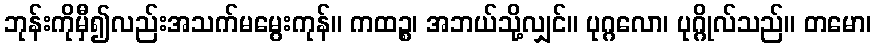
ဘုန်းကိုမှီ၍လည်းအသက်မမွေးကုန်။ ကထဉ္စ၊ အဘယ်သို့လျှင်။ ပုဂ္ဂလော၊ ပုဂ္ဂိုလ်သည်။ တမော၊